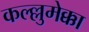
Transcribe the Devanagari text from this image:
कल्ल्लुमेक्का